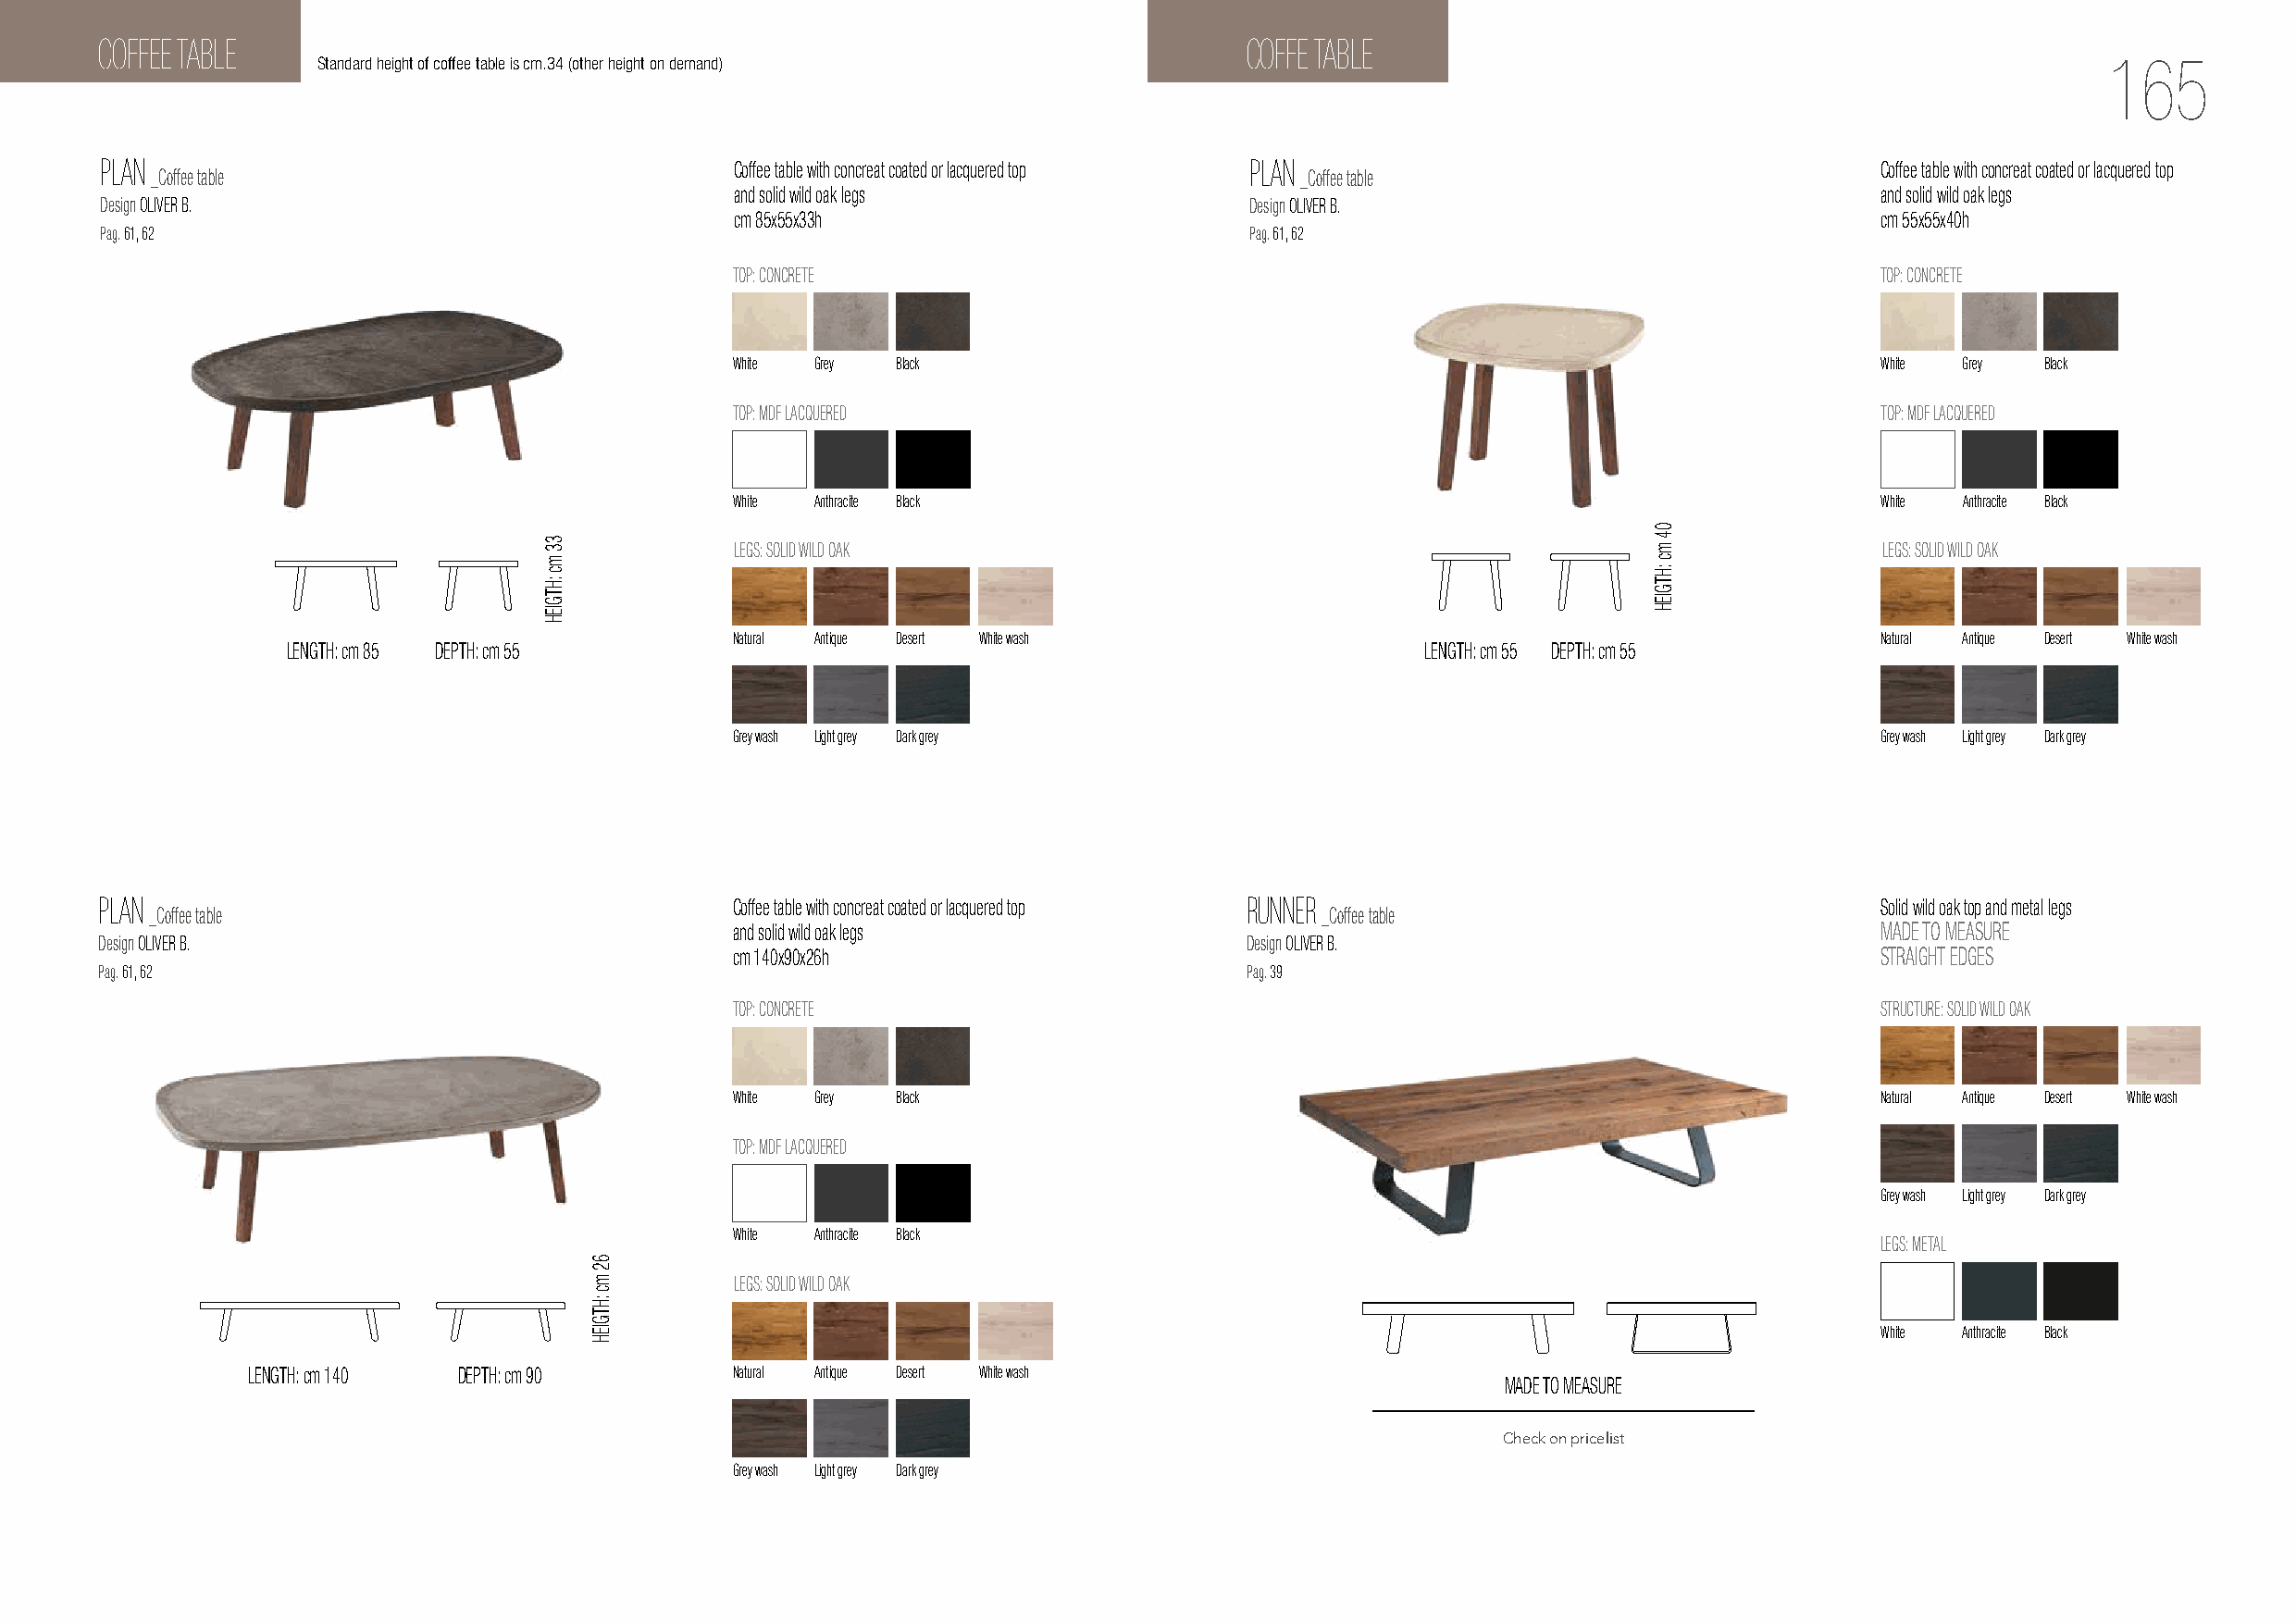
COFFEE TABLE                                                                      COFFE TABLE
 Standard height of coffee table is cm.34 (other height on demand)                                                               165
 PLAN                                         Coffee table with concreat coated or lacquered top PLAN                           Coffee table with concreat coated or lacquered top
 _Coffee table                                                                     _Coffee table
 and solid wild oak legs                                                           and solid wild oak legs
 Design OLIVER B.                                                                  Design OLIVER B.
 cm 85x55x33h                                                                      cm 55x55x40h
 Pag. 61, 62                                                                       Pag. 61, 62
 TOP: CONCRETE                                                                     TOP: CONCRETE
 White Grey  Black                                                                 White Grey  Black
 TOP: MDF LACQUERED                                                                 TTOOPP:: MMDDFF LLAACCQQUUEERREEDD
 White Anthracite Black                                                             White Anthracite Black
 LEGS: SOLID WILD OAK                                                               LEGS: SOLID WILD OAK
 Natural Antique Desert White wash                                                 Natural Antique Desert White wash
 LENGTH: cm 85 DEPTH: cm 55                                                       LENGTH: cm 55 DEPTH: cm 55
 Grey wash Light grey Dark grey                                                    Grey wash Light grey Dark grey
 PLAN                                         Coffee table with concreat coated or lacquered top RUNNER                         Solid wild oak top and metal legs
 _Coffee table                                                                       _Coffee table
 and solid wild oak legs                                                           MADE TO MEASURE
 Design OLIVER B.                                                                  Design OLIVER B.
 cm 140x90x26h                                                                     STRAIGHT EDGES
 Pag. 61, 62                                                                       Pag. 39
 TOP: CONCRETE                                                                      STRUCTURE: SOLID WILD OAK
 White Grey  Black                                                                 Natural Antique Desert White wash
 TOP: MDF LACQUERED
 Grey wash Light grey Dark grey
 White Anthracite Black
 LEGS: METAL
 LEGS: SOLID WILD OAK
 White Anthracite Black
 LENGTH: cm 140 DEPTH: cm 90       Natural Antique Desert White wash
 MADE TO MEASURE
 Check on pricelist
 Grey wash Light grey Dark grey
 33
 mc
 :HTGIEH
 62
 mc
 :HTGIEH
 04
 mc
 :HTGIEH